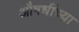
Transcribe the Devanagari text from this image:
औषधींच्या